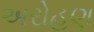
અરોહણ